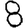
Digit: 8